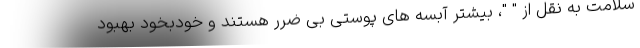
سلامت به نقل از " "، بیشتر آبسه های پوستی بی ضرر هستند و خودبخود بهبود